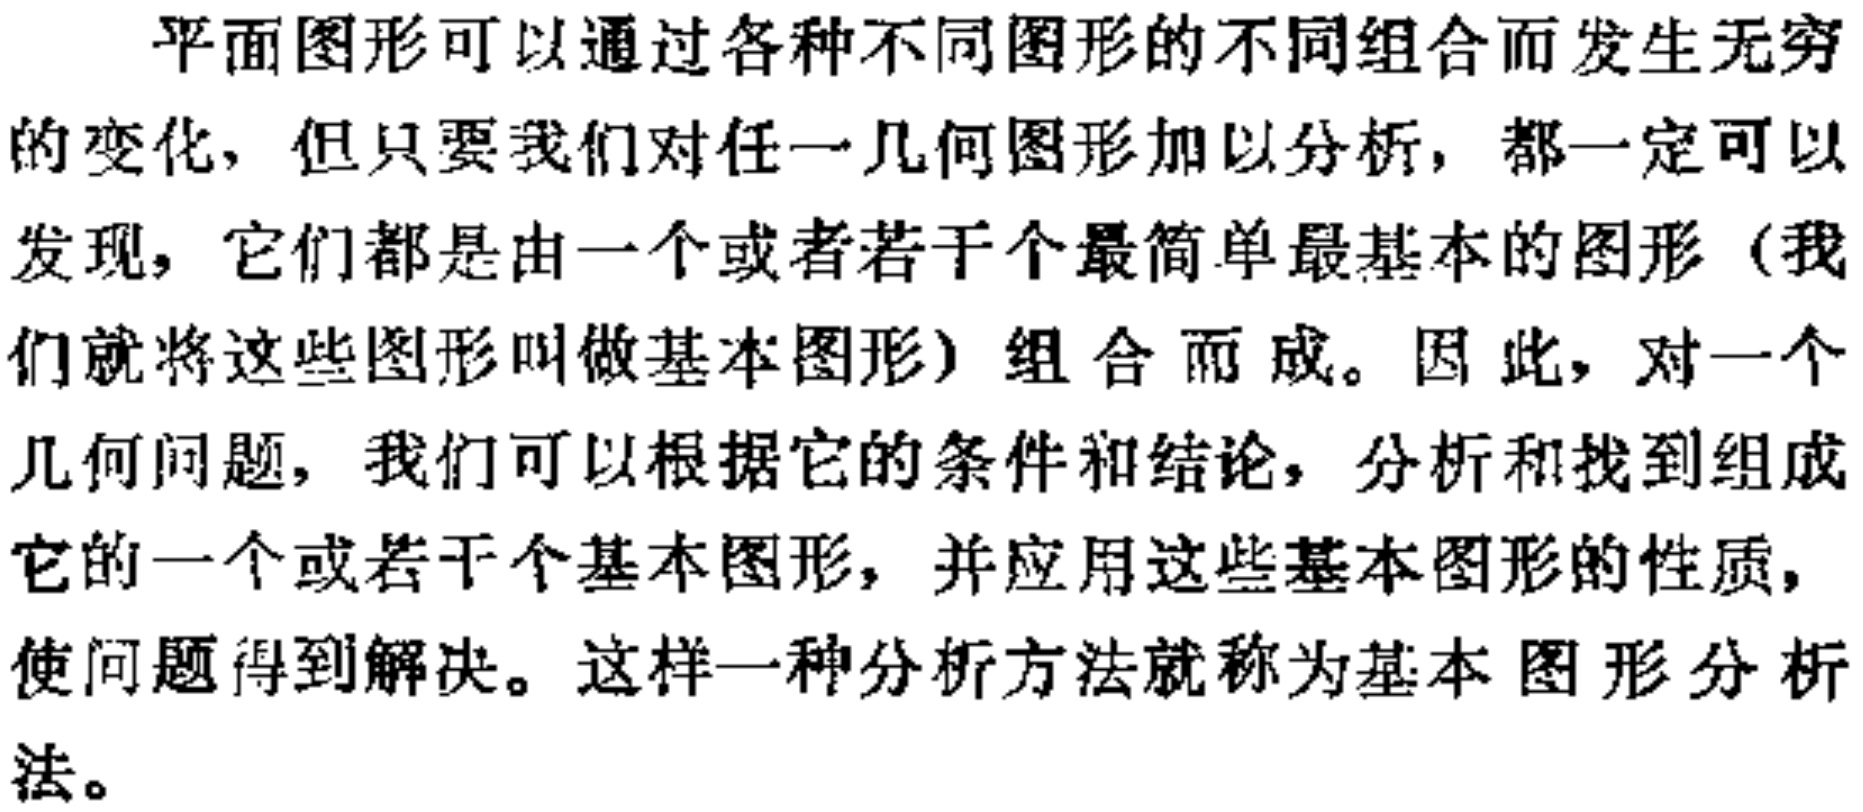
平面图形可以通过各种不同图形的不同组合而发生无穷的变化，但只要我们对任一几何图形加以分析，都一定可以发现，它们都是由一个或者若干个最简单最基本的图形（我们就将这些图形叫做基本图形）组合而成。因此，对一个几何问题，我们可以根据它的条件和结论，分析和找到组成它的一个或若干个基本图形，并应用这些基本图形的性质，使问题得到解决。这样一种分析方法就称为基本图形分析法。